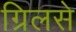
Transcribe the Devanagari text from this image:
ग्रिलसे